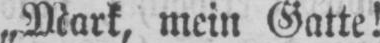
„Mark, mein Gatte!